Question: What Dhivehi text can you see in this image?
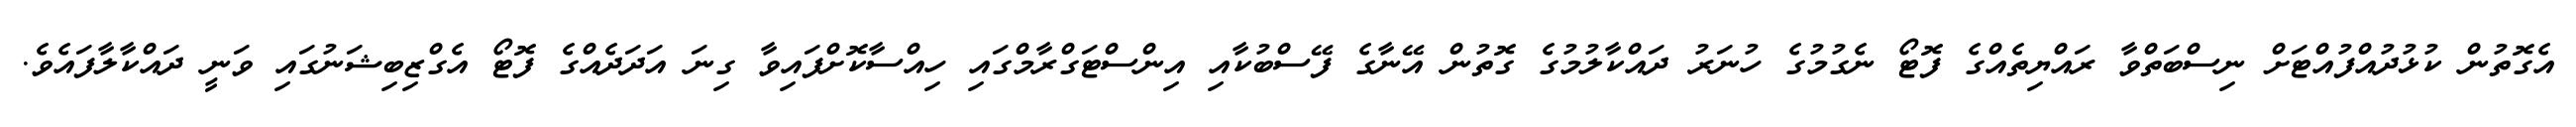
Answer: އެގޮތުން ކުޅުދުއްފުއްޓަށް ނިސްބަތްވާ ރައްޔިތެއްގެ ފޮޓޯ ނެގުމުގެ ހުނަރު ދައްކާލުމުގެ ގޮތުން އޭނާގެ ފޭސްބުކާއި އިންސްޓަގްރާމްގައި ހިއްސާކޮށްފައިވާ ގިނަ އަދަދެއްގެ ފޮޓޯ އެގްޒިބިޝަނުގައި ވަނީ ދައްކާލާފައެވެ.